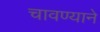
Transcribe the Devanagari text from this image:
चावण्याने